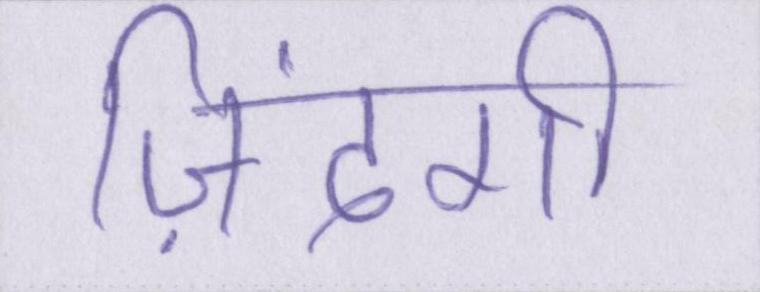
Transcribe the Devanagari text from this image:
ज़िंदगी